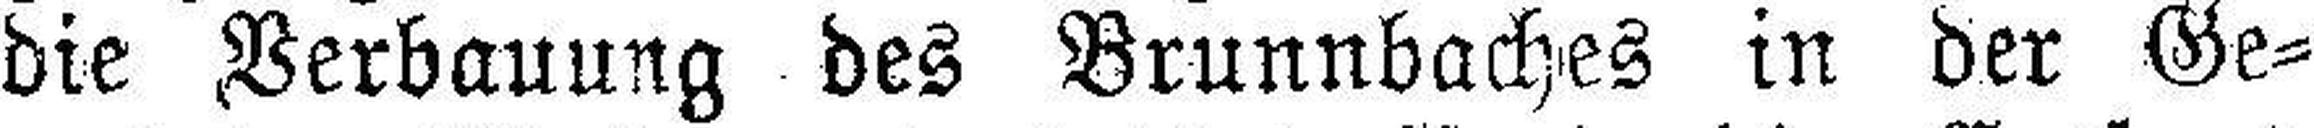
die Verbauung des Brunnbaches in der Ge¬